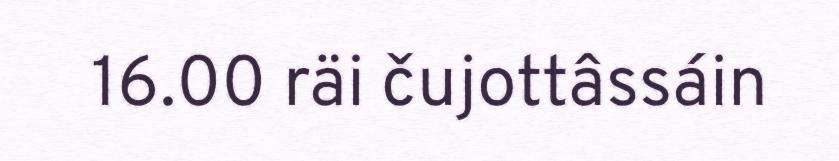
16.00 räi čujottâssáin